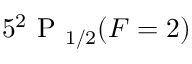
5 ^ { 2 } \textrm { P } _ { 1 / 2 } ( F = 2 )